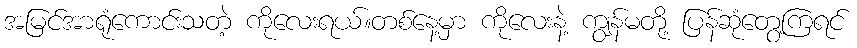
အမြင်အာရုံကောင်းသတဲ့ ကိုလေးရယ်။တစ်နေ့မှာ ကိုလေးနဲ့ ကျွန်မတို့ ပြန်ဆုံတွေ့ကြရင်